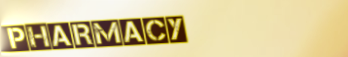
Pharmacy